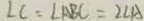
\angle C = \angle A B C = 2 \angle A